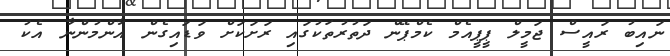
ނައިބު ރައީސް ޖަމީލް ޕީޕީއެމް ކެމްޕޭން ދަތުރުތަކުގައި ރަށަކަށް ވަޑައިގެން އާންމުންނާ އެކު